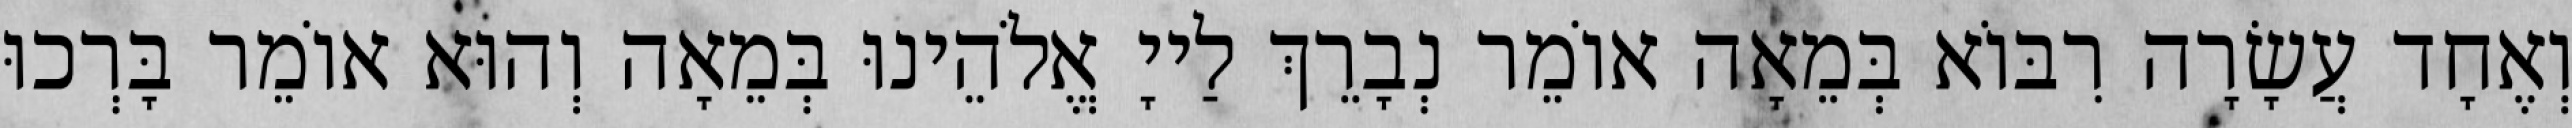
וְאֶחָד עֲשָׂרָה רִבּוֹא בְּמֵאָה אוֹמֵר נְבָרֵךְ לַייָ אֱלֹהֵינוּ בְּמֵאָה וְהוּא אוֹמֵר בָּרְכוּ